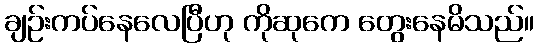
ချဉ်းကပ်နေလေပြီဟု ကိုဆုကေ တွေးနေမိသည်။